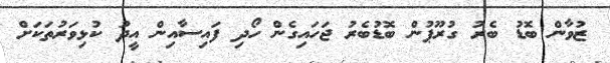
ޒުވާން ބޮޑު ބެރު ގުރޫޕުން ބޮޑުބެރު ޖަހައިގެން ހޯދި ފައިސާއިން އީދު ކުޅިވަރުތަކަށް